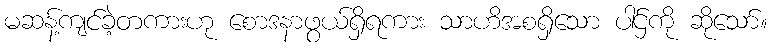
မဆန့်ကျင်ခဲ့တကားဟု စောဒနာဖွယ်ရှိရကား သာဟိအစရှိသော ပါဌ်ကို ဆိုသော်။